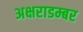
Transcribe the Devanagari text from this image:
अक्षराडम्बर